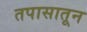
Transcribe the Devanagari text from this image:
तपासातून